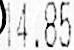
14.85